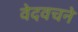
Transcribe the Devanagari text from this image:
वेदवचने